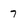
Character: 7